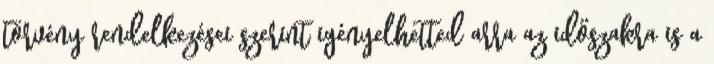
törvény rendelkezései szerint igényelhetted arra az időszakra is a